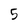
Character: 5